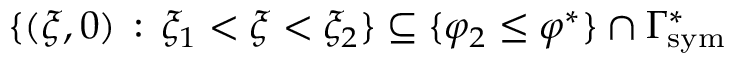
\{ ( \xi , 0 ) \, : \, \xi _ { 1 } < \xi < \xi _ { 2 } \} \subseteq \{ \varphi _ { 2 } \leq \varphi ^ { * } \} \cap \Gamma _ { \mathrm { { s y m } } } ^ { * }